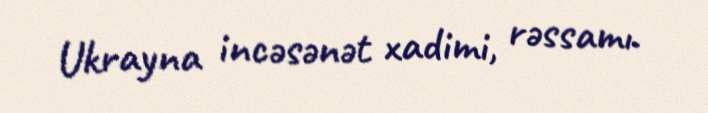
Ukrayna incəsənət xadimi, rəssamı.